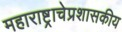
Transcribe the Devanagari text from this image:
महाराष्ट्राचेप्रशासकीय